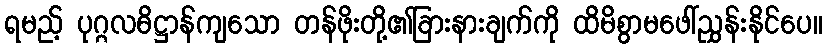
ရမည့် ပုဂ္ဂလဓိဋ္ဌာန်ကျသော တန်ဖိုးတို့၏ခြားနားချက်ကို ထိမိစွာမဖေါ်ညွှန်းနိုင်ပေ။